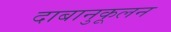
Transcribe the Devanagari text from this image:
दाबानुकूलन